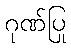
ဂုဏ်ပြု